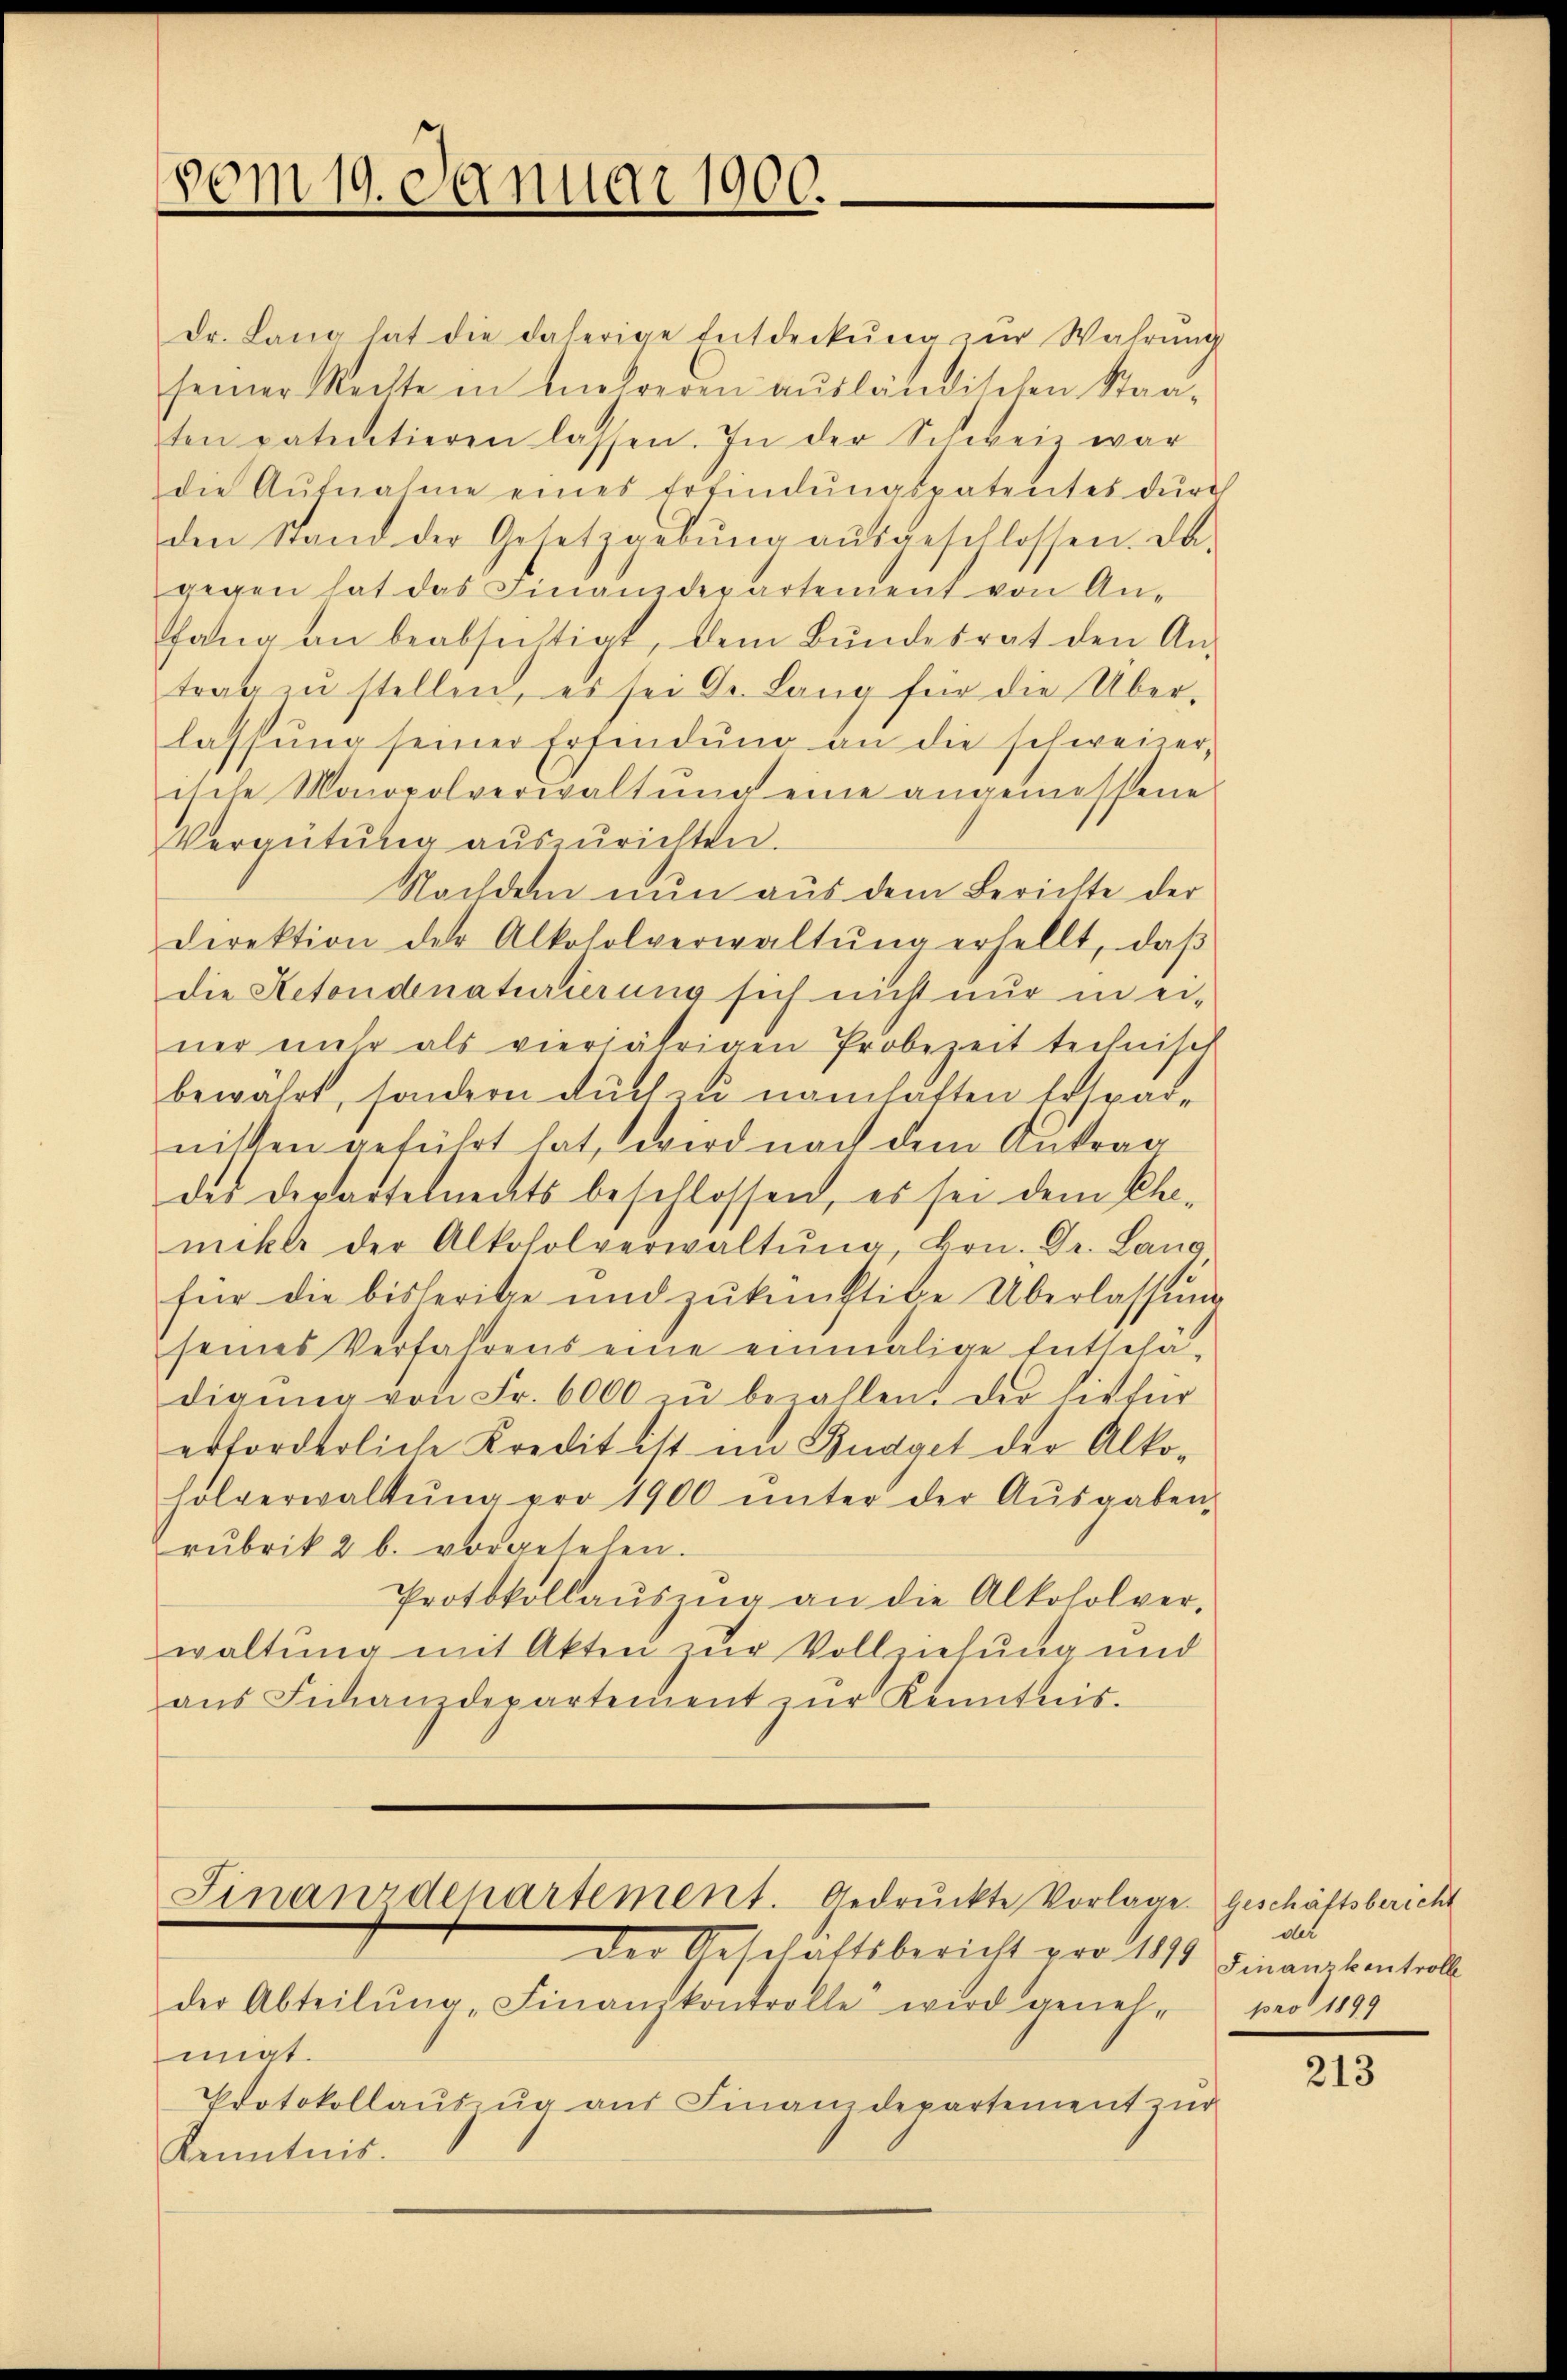
vom 19. Januar 1900.

Dr. Lang hat die daherige Entdeckŭng zŭr Wahrŭng
seiner Rechte in einreden ausländischen Staaten patentieren lassen. In der Schweiz war
die Aŭfnahme eines Erfindŭngspatentes dŭrch
den Stand der Gesetzgebung aŭsgeschlossen. Da-
gegen hat das Finanzdepartement von Anfang an beabsichtigt, dem Bundesrat den An-
trag zŭ stellen, es sei Dr. Lang für die Über-
lassung seiner Erfindung an die schweizer,
ische Monopolverwaltŭng eine angemessene
Vergütŭng aŭszŭrichten.
Nachdem nun aus dem Berichte der
Direktion der Alkoholverwaltŭng erhellt, daβ
die Retondenaturierung sich nicht nur in einer mehr als vierjährigen Probezeit technisch
bewährt, sondern auch zu namhätten Erspare
nitten geführt hat, wird nach dem Antrag
des derartelmeckts beschlossen, es sei dem Chamitte der Alkoholverwaltŭng, Hrn. Dr. Lang
für die bisherige und zŭkünftige Überlassung
seines Verfahrens eine einmalige Entschä-
digŭng von Fr. 6000 zŭ bezallen. Die liefer
erforderliche Kredit ist im Budget der Alko-
holverwaltŭng pro 1900 ŭnter der Aŭsgaben-
rubrik 2 b. vorgesehen.
Protokollaŭszŭg an die Alkoholver-
waltung mit Akten zur Vollziehung und
aŭs Finandepartement zŭr Kenntnis.

der Geschäftsbericht vor 1871 Finanzkontroll
der Abteilŭng "Finanzkontrolle wird genehm pro 1899
migt.
Protokollaŭszŭg ans Finanzdepartement zur
Kenntnis.

Finandenartement. Gedruckte Vorlage. Geschäftsbericht

das

213